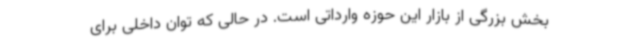
بخش بزرگی از بازار این حوزه وارداتی است. در حالی‌ که توان داخلی برای